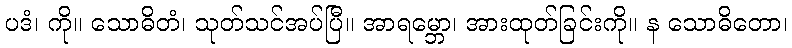
ပဒံ၊ ကို။ သောဓိတံ၊ သုတ်သင်အပ်ပြီ။ အာရမ္ဘော၊ အားထုတ်ခြင်းကို။ န သောဓိတော၊